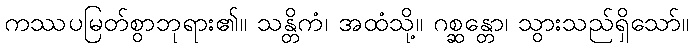
ကဿပမြတ်စွာဘုရား၏။ သန္တိကံ၊ အထံသို့။ ဂစ္ဆန္တော၊ သွားသည်ရှိသော်။